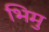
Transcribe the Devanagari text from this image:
भिमु